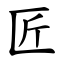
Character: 匠